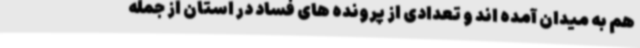
هم به میدان آمده اند و تعدادی از پرونده های فساد در استان از جمله